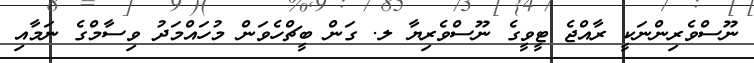
ނޫސްވެރިންނަކީ ރާއްޖެ ޓީވީގެ ނޫސްވެރިޔާ ލ. ގަން ބީޗްހެވަން މުހައްމަދު ވިސާމްގެ ނަމާއި